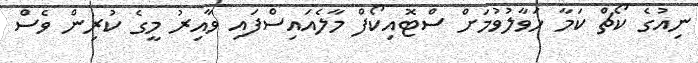
ނިއުގެ ކޯޗް ކަމާ ހަވާލުވުމަށް ސްޓޮއިކޯފް މާލެއައިސްފައި ވާއިރު މީގެ ކުރިން ވެސް